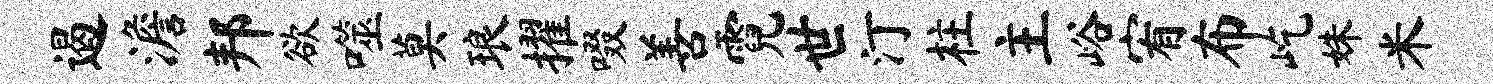
遏澹邦欲噬莫琅擢啜善霓世汀柱主峪宥布屹姝米